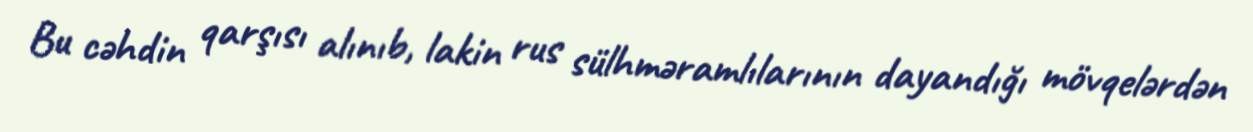
Bu cəhdin qarşısı alınıb, lakin rus sülhməramlılarının dayandığı mövqelərdən